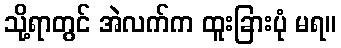
သို့ရာတွင် အဲလက်က ထူးခြားပုံ မရ။